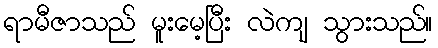
ရာမီဇာသည် မူးမေ့ပြီး လဲကျ သွားသည်။